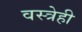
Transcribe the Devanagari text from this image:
वस्त्रेही